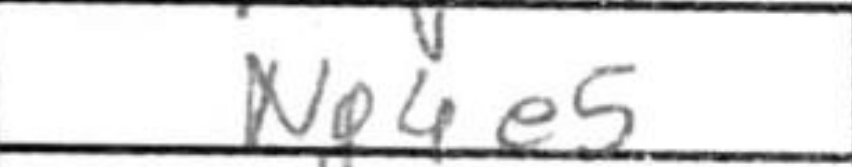
Transcription: Ng4e5